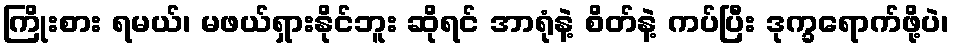
ကြိုးစား ရမယ်၊ မဖယ်ရှားနိုင်ဘူး ဆိုရင် အာရုံနဲ့ စိတ်နဲ့ ကပ်ပြီး ဒုက္ခရောက်ဖို့ပဲ၊